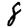
Digit: 8